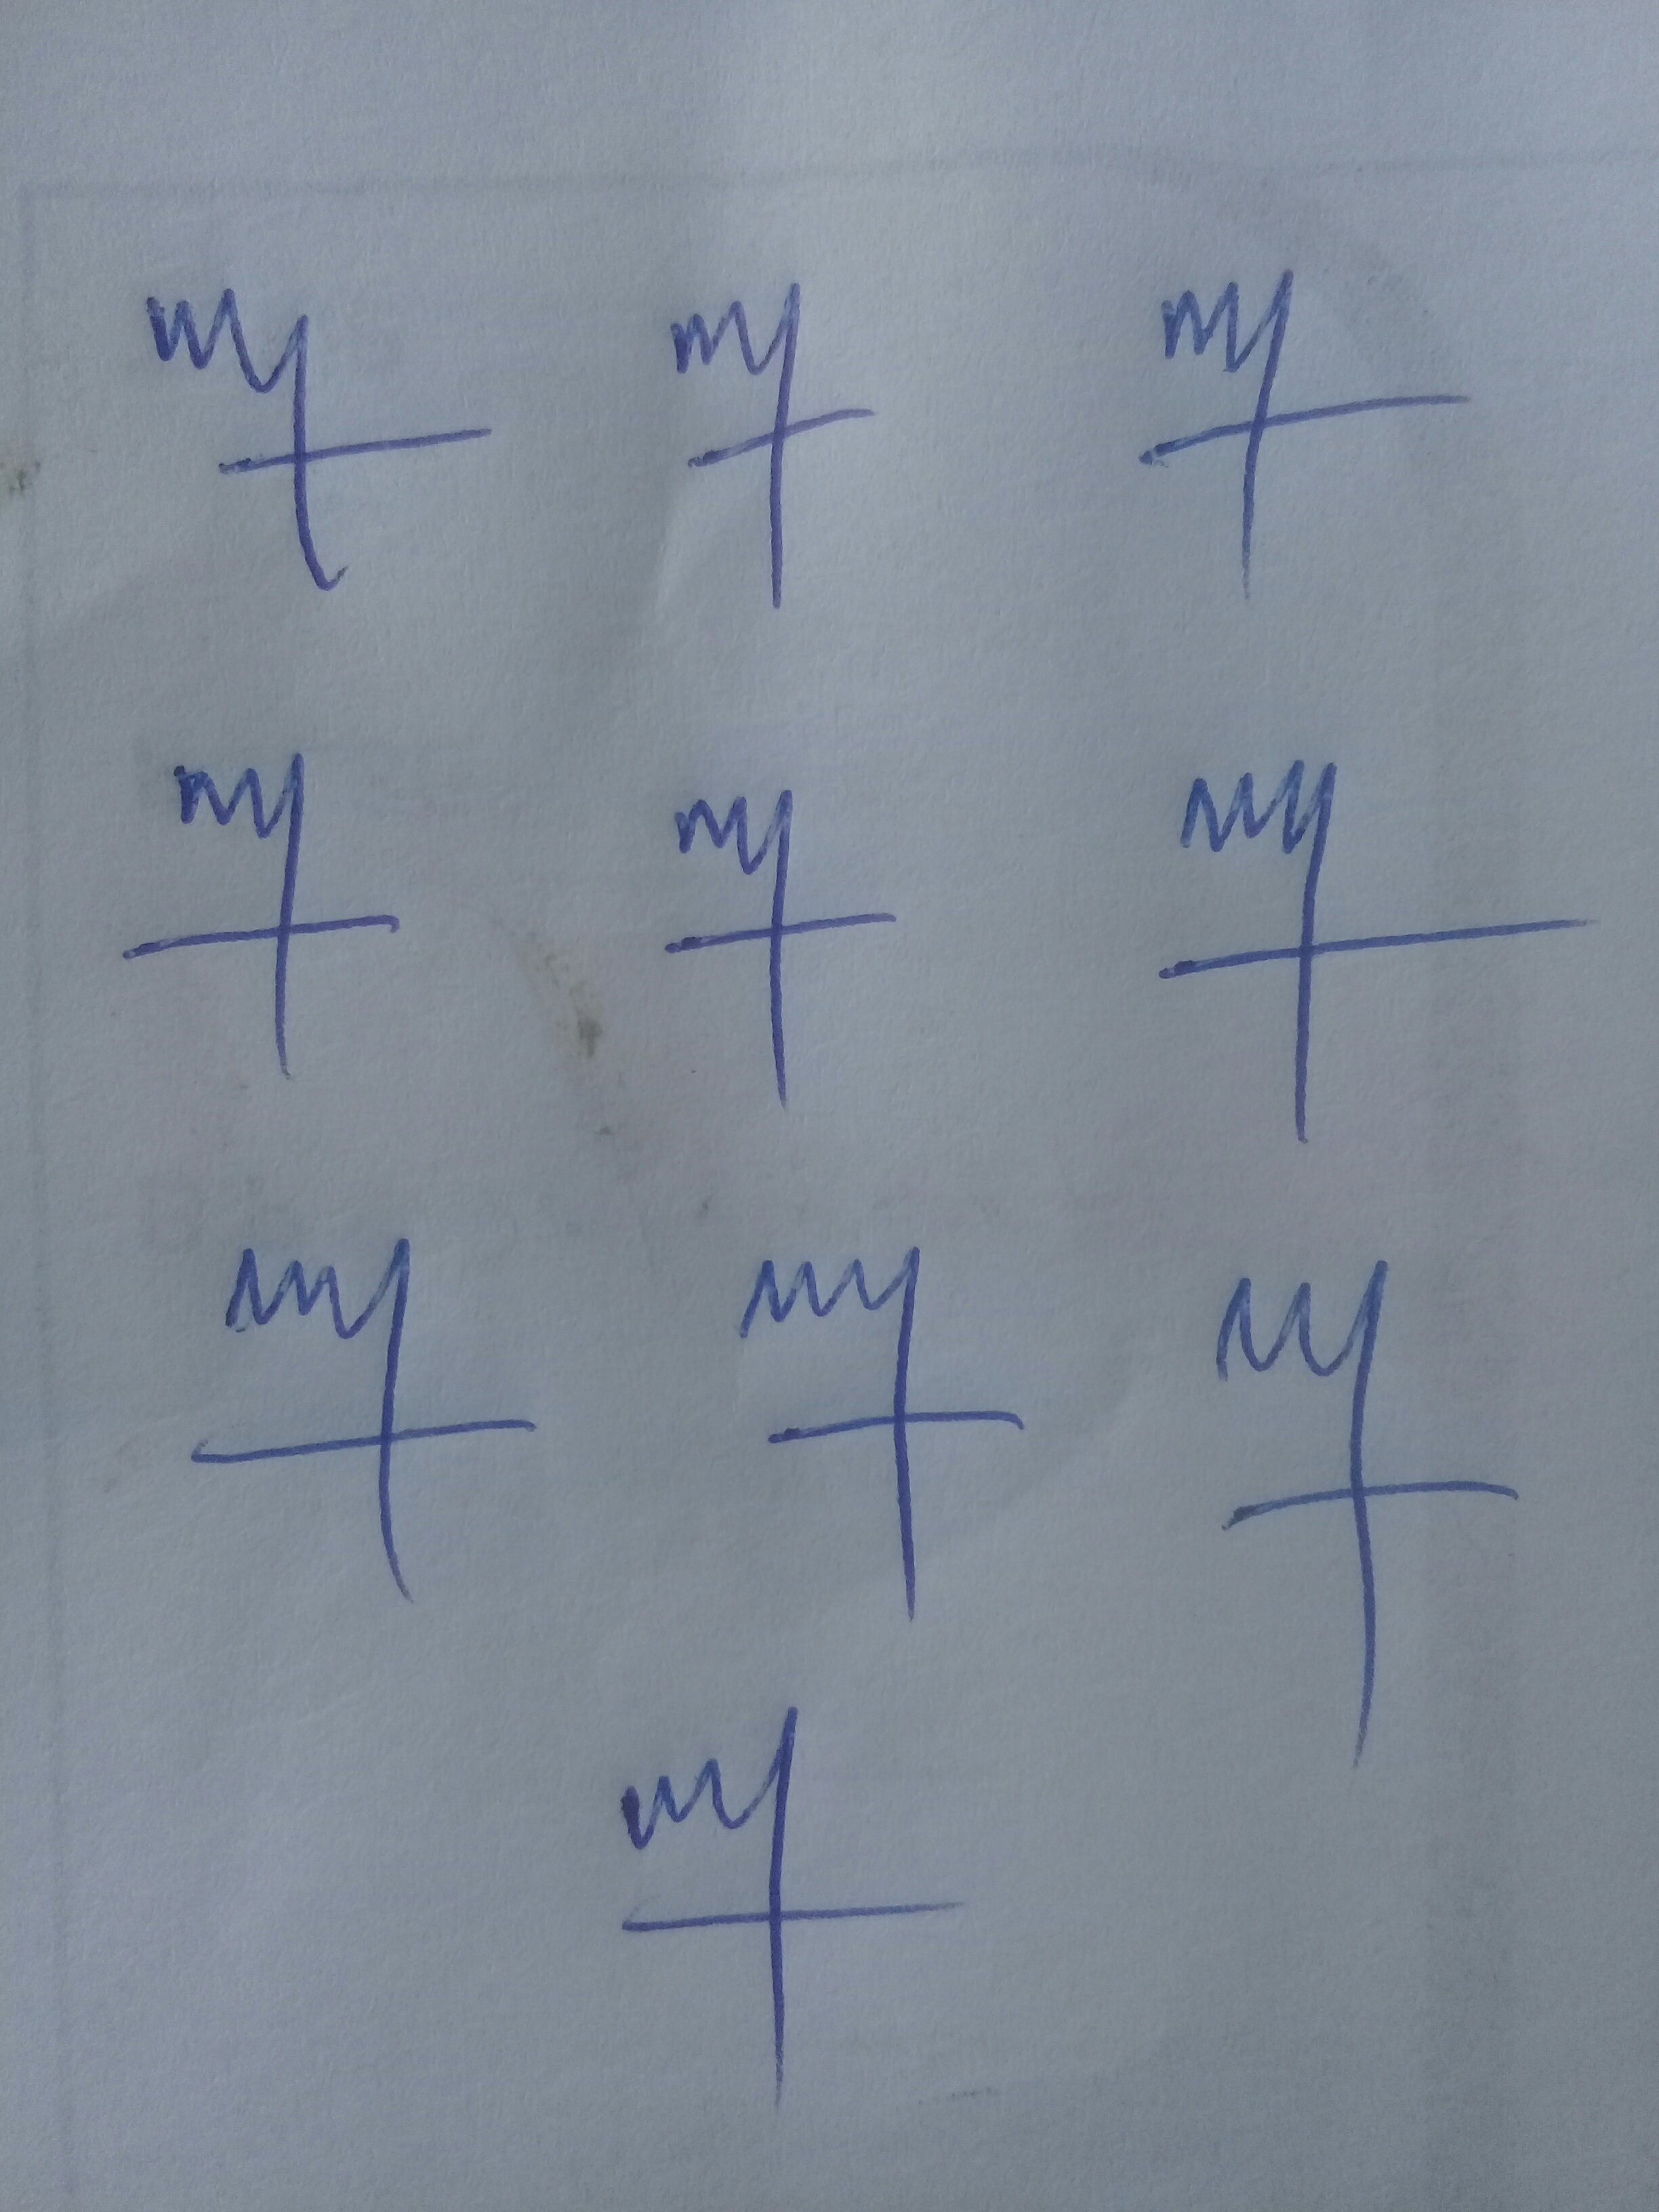
Signature authenticity: genuine